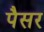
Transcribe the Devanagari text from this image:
पैसर